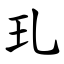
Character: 玌